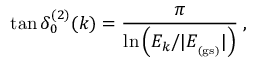
\tan \delta _ { 0 } ^ { ( 2 ) } ( k ) = \frac { \pi } { \ln \left( E _ { k } / | E _ { _ \mathrm { ( g s ) } } | \right) } \; ,